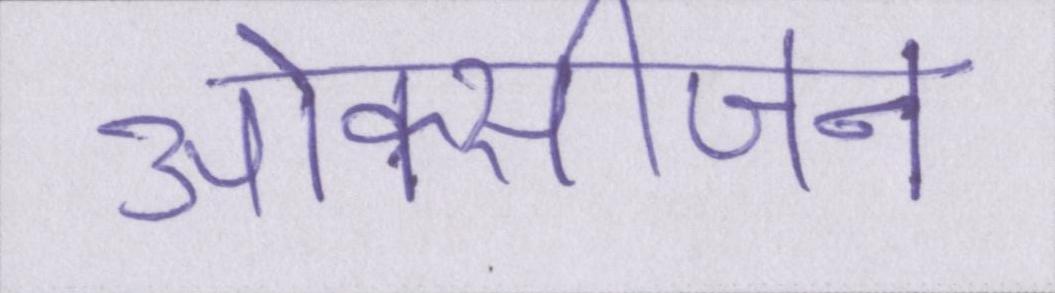
ओक्सीजन